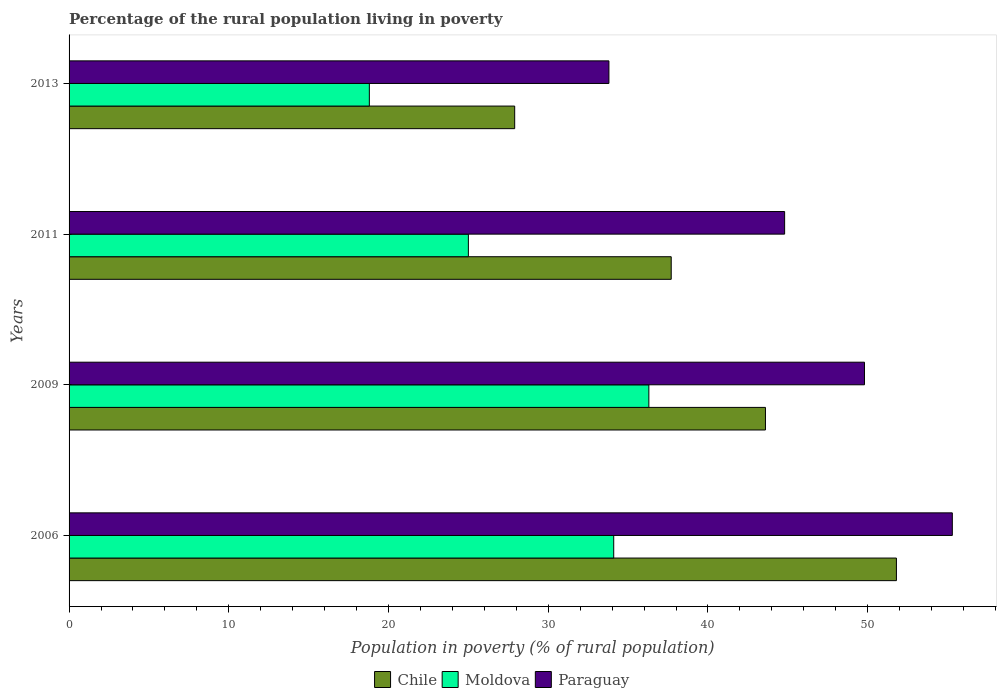
| Years | Chile | Moldova | Paraguay |
 | --- | --- | --- | --- |
 | 2006 | 51.8 | 34.1 | 55.3 |
 | 2009 | 43.6 | 36.3 | 49.8 |
 | 2011 | 37.7 | 25 | 44.8 |
 | 2013 | 27.9 | 18.8 | 33.8 |